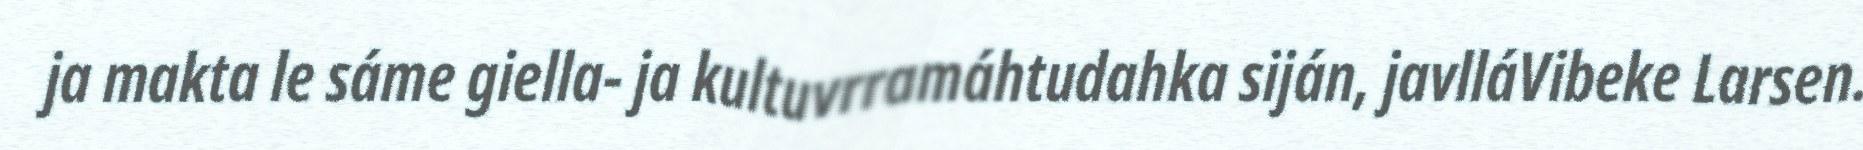
ja makta le sáme giella- ja kultuvrramáhtudahka siján, javlláVibeke Larsen.